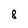
Character: 8